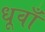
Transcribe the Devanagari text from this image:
धूवाँ